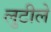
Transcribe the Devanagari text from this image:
लुटीले